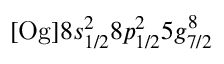
\mathrm { [ O g ] } 8 s _ { 1 / 2 } ^ { 2 } 8 p _ { 1 / 2 } ^ { 2 } 5 g _ { 7 / 2 } ^ { 8 }